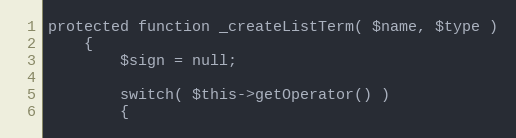
Language: PHP
protected function _createListTerm( $name, $type )
	{
		$sign = null;

		switch( $this->getOperator() )
		{